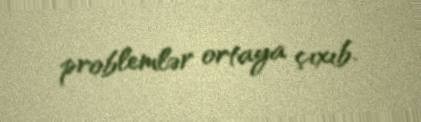
problemlər ortaya çıxıb.